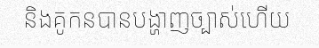
និងគូកនបានបង្ហាញច្បាស់ហើយ